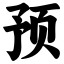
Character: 预